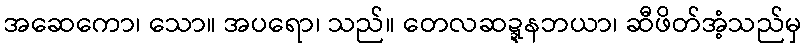
အဆေကော၊ သော။ အပရော၊ သည်။ တေလဆဍ္ဍနဘယာ၊ ဆီဖိတ်အံ့သည်မှ